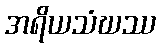
အရိယသံဃဿ